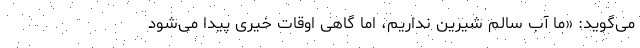
می‌گوید: «ما آب سالم شیرین نداریم، اما گاهی اوقات خیری پیدا می‌شود